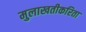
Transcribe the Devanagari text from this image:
मुलाखतीकरिता